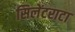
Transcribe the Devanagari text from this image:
सिलेंटराटा